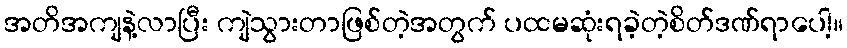
အတိအကျနဲ့လာပြီး ကျဲသွားတာဖြစ်တဲ့အတွက် ပထမဆုံးရခဲ့တဲ့စိတ်ဒဏ်ရာပေါ့။